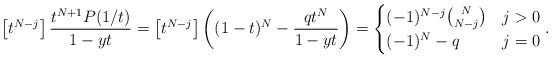
LaTeX: \begin{align*}\left[t^{N-j}\right]\frac{t^{N+1}P(1/t)}{1-yt}=\left[t^{N-j}\right] \left((1-t)^{N} - \frac{qt^{N}}{1-yt}\right)=\begin{cases}(-1)^{N-j}\binom{N}{N-j}& j>0\\(-1)^N-q& j=0\end{cases}.\end{align*}